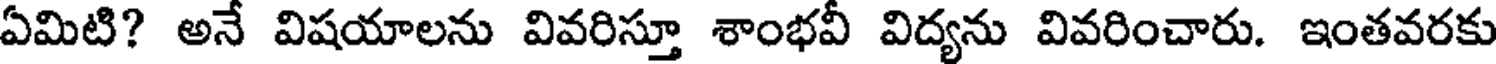
ఏమిటి? అనే విషయాలను వివరిస్తూ శాంభవీ విద్యను వివరించారు. ఇంతవరకు